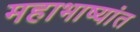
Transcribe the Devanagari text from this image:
महाभाष्यांत